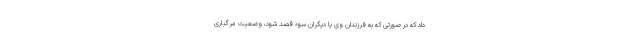
داد که در صورتی که به فرزندان وی یا دیگران سوء قصد شود، وضعیت مرگباری